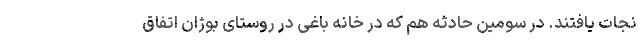
نجات یافتند. در سومین حادثه هم که در خانه باغی در روستای بوژان اتفاق